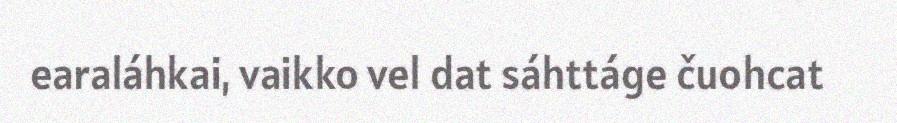
earaláhkai, vaikko vel dat sáhttáge čuohcat